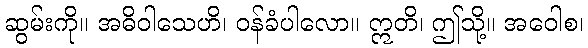
ဆွမ်းကို။ အဓိဝါသေဟိ၊ ဝန်ခံပါလော။ ဣတိ၊ ဤသို့။ အဝေါစ၊